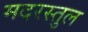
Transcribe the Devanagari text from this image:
मदरस्तुल